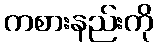
ကစားနည်းကို